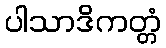
ပါသာဒိကတ္တံ